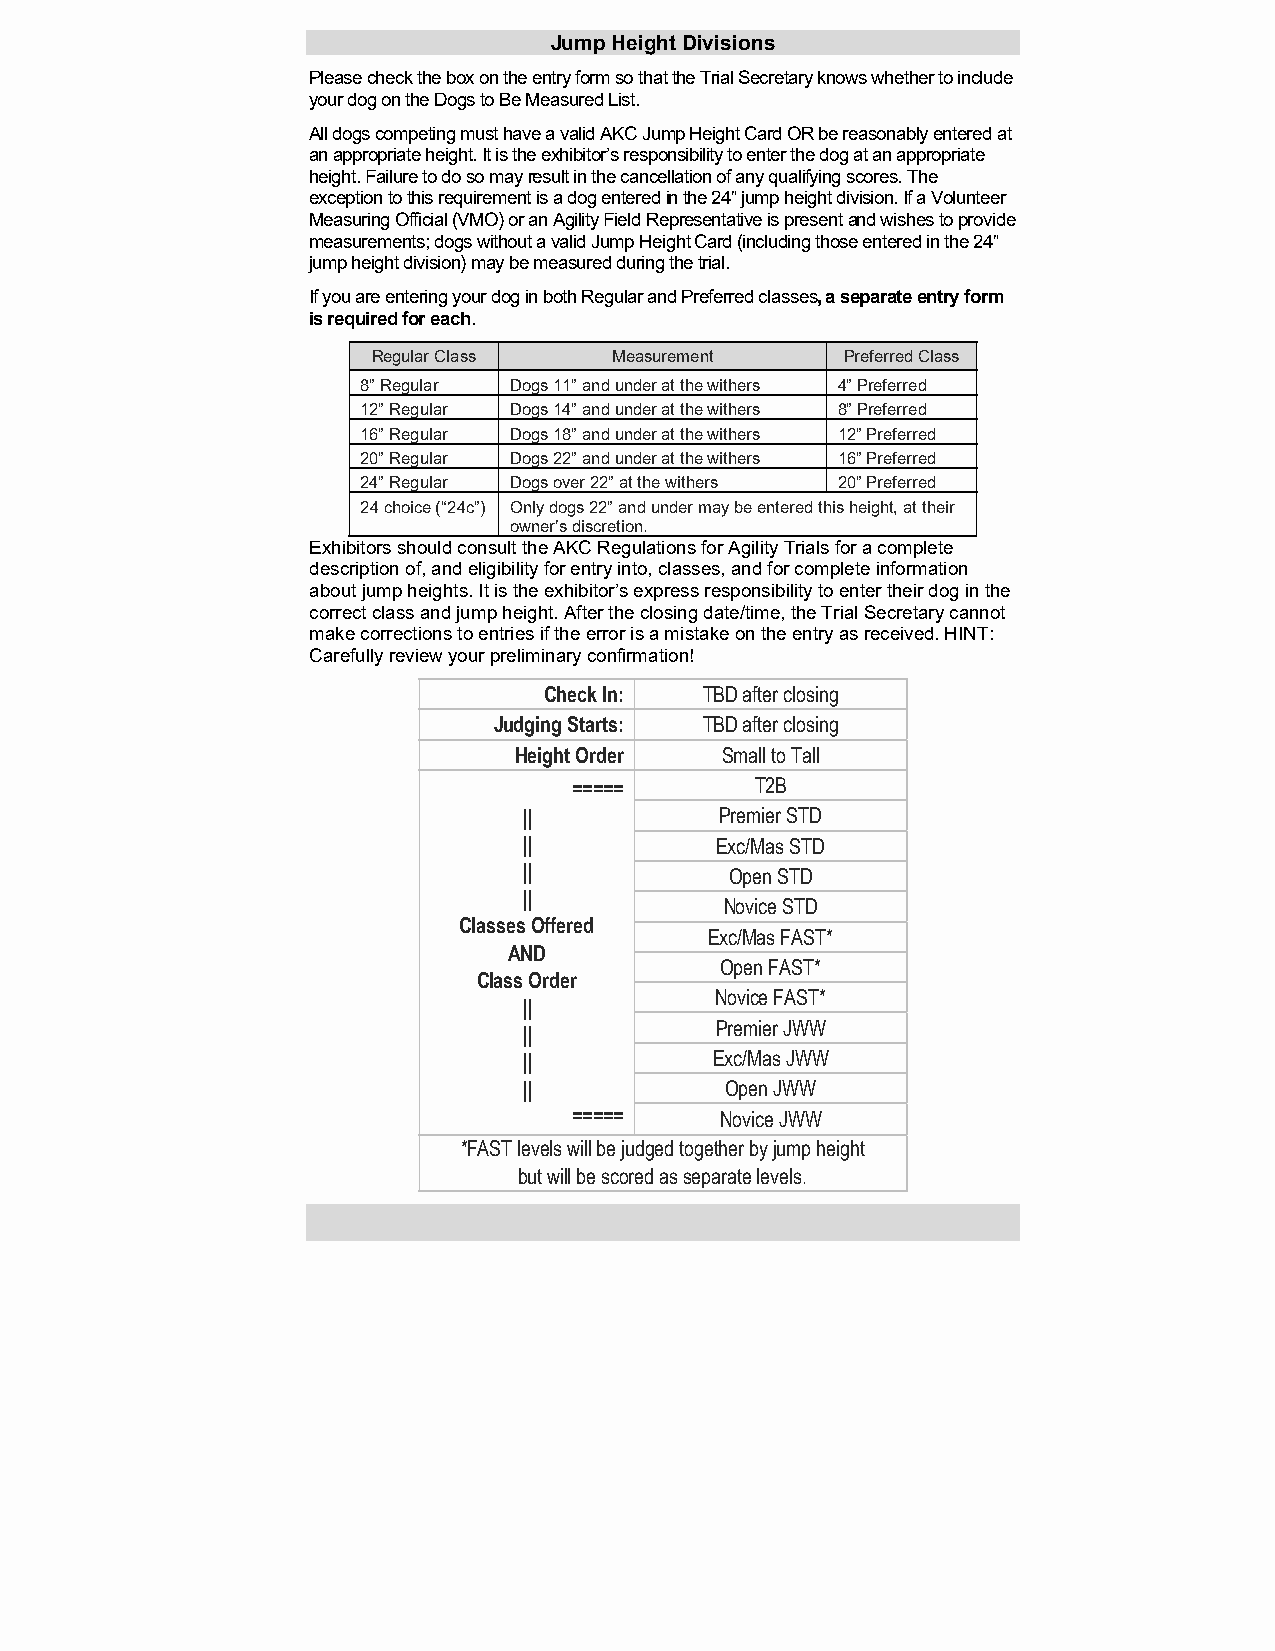
Jump Height Divisions
 Please check the box on the entry form so that the Trial Secretary knows whether to include
 your dog on the Dogs to Be Measured List.
 All dogs competing must have a valid AKC Jump Height Card OR be reasonably entered at
 an appropriate height. It is the exhibitor’s responsibility to enter the dog at an appropriate
 height. Failure to do so may result in the cancellation of any qualifying scores. The
 exception to this requirement is a dog entered in the 24” jump height division. If a Volunteer
 Measuring Official (VMO) or an Agility Field Representative is present and wishes to provide
 measurements; dogs without a valid Jump Height Card (including those entered in the 24”
 jump height division) may be measured during the trial.
 If you are entering your dog in both Regular and Preferred classes, a separate entry form
 is required for each.
 Regular Class   Measurement    Preferred Class
 8” Regular Dogs 11” and under at the withers 4” Preferred
 12” Regular Dogs 14” and under at the withers 8” Preferred
 16” Regular Dogs 18” and under at the withers 12” Preferred
 20” Regular Dogs 22” and under at the withers 16” Preferred
 24” Regular Dogs over 22” at the withers 20” Preferred
 24 choice (“24c”) Only dogs 22” and under may be entered this height, at their
 owner’s discretion.
 Exhibitors should consult the AKC Regulations for Agility Trials for a complete
 description of, and eligibility for entry into, classes, and for complete information
 about jump heights. It is the exhibitor’s express responsibility to enter their dog in the
 correct class and jump height. After the closing date/time, the Trial Secretary cannot
 make corrections to entries if the error is a mistake on the entry as received. HINT:
 Carefully review your preliminary confirmation!
 Check In:  TBD after closing
 Judging Starts: TBD after closing
 Height Order  Small to Tall
 =====       T2B
 ||           Premier STD
 ||          Exc/Mas STD
 ||           Open STD
 ||
 Novice STD
 Classes Offered
 Exc/Mas FAST*
 AND
 Open FAST*
 Class Order
 Novice FAST*
 ||
 Premier JWW
 ||
 ||          Exc/Mas JWW
 ||           Open JWW
 =====     Novice JWW
 *FAST levels will be judged together by jump height
 but will be scored as separate levels.